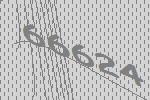
66624